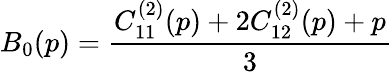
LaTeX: B_{0}(p)=\frac{C_{11}^{(2)}(p)+2C_{12}^{(2)}(p)+p}{3}